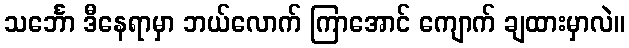
သင်္ဘော ဒီနေရာမှာ ဘယ်လောက် ကြာအောင် ကျောက် ချထားမှာလဲ။